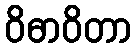
ဝိဓာဝိတာ